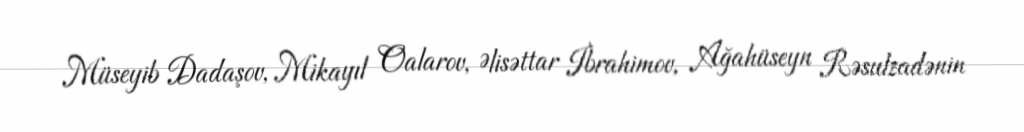
Müseyib Dadaşov, Mikayıl Oalarov, Əlisəttar İbrahimov, Ağahüseyn Rəsulzadənin